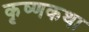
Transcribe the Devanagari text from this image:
कृष्णकथा